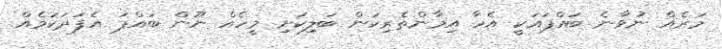
މަރެއް ނުވާނެ ބައްޕައަކީ އެހާ އިމާންތެރިކަން ބަލިކަށި މީހެއް ނޫން ބައްޕަ އެފަދަކަމެއް